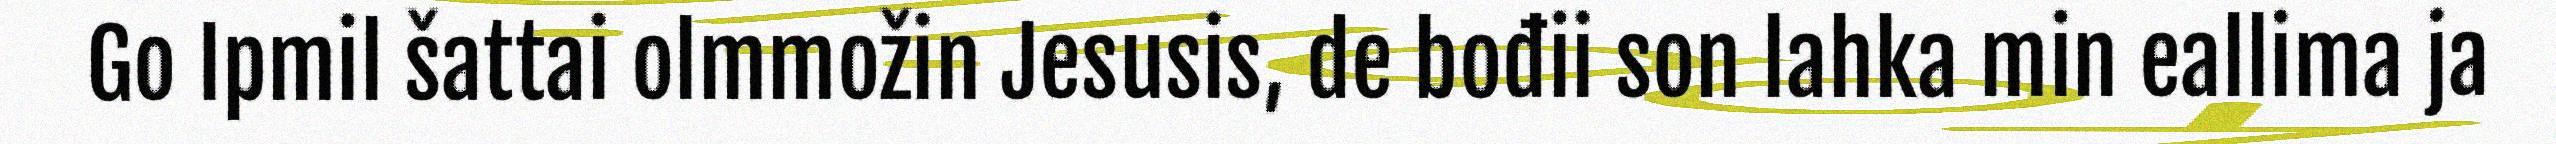
Go Ipmil šattai olmmožin Jesusis, de bođii son lahka min eallima ja